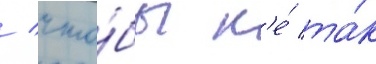
/ что́бы н'е́ та́к